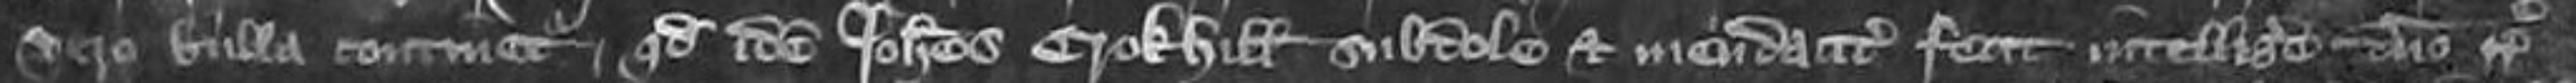
vero bulla continetur quod idem Johannes Crokhill subdole et mendaciter fecit intelligere domino Regi